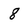
Character: 8